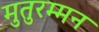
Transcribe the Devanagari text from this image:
मुतुरम्मन